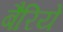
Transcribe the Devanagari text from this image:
बैरिये